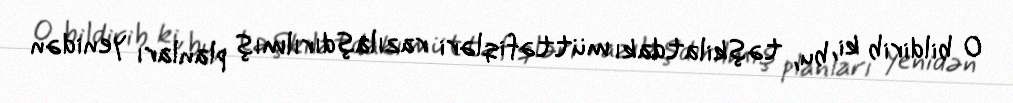
O bildirib ki, bu, təşkilatdakı müttəfiqləri razılaşdırılmış planları yenidən